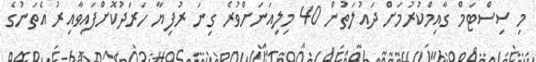
މި ސިސްޓަމް ގާއިމްކުރުމަށް ދައުލަތުން 40 މިލިއަނަށްވުރެ ގިނަ ރުފިޔާ ހަރަދުކޮށްފައިވާއިރު އެތަނުގެ